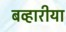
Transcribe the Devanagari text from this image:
बव्हारीया